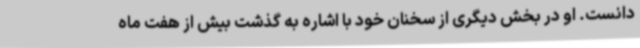
دانست. او در بخش دیگری از سخنان خود با اشاره به گذشت بیش از هفت ماه